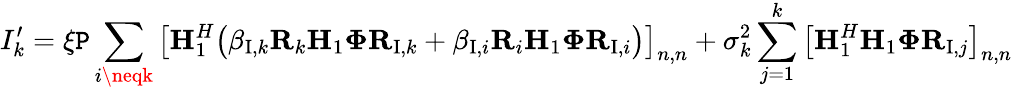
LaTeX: I_{k}^{\prime}=\xi\mathtt{P}\sum_{i\neqk}\big[{\mathbf{H}}_{1}^{H}\big(\beta_{\mathrm{{I}},k}\mathbf{{R}}_{k}{\mathbf{H}}_{1}{\mathbf{\Phi}}{\mathbf{R}}_{\mathrm{{I}},k}+\beta_{\mathrm{{I}},i}\mathbf{{R}}_{i}{\mathbf{H}}_{1}{\mathbf{\Phi}}{\mathbf{R}}_{\mathrm{{I}},i}\big)\big]_{n,n}+\sigma_{k}^{2}\sum_{j=1}^{k}\big[{\mathbf{H}}_{1}^{H}{\mathbf{H}}_{1}{\mathbf{\Phi}}{\mathbf{R}}_{\mathrm{{I}},j}\big]_{n,n}